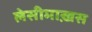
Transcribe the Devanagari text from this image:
लेसीमाख़स